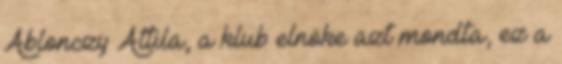
Ablonczy Attila, a klub elnöke azt mondta, ez a